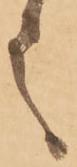
言